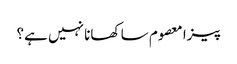
پیزا معصوم سا کھانا نہیں ہے؟